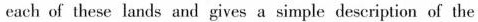
each of these lands and gives a simple description of the